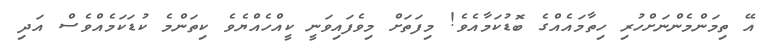
އޭ ތިމަންމެންނަށްހުރި ހިތާމައެއްގެ ބޮޑުކަމާއެވެ! މިފަތަށް މިވެފައިވަނީ ކީއްހެއްޔެވެ ކިތަންމެ ކުޑަކަމެއްވެސް އަދި